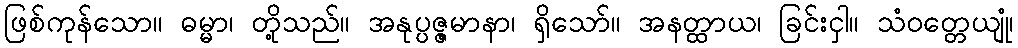
ဖြစ်ကုန်သော။ ဓမ္မာ၊ တို့သည်။ အနုပ္ပဇ္ဇမာနာ၊ ရှိသော်။ အနတ္ထာယ၊ ခြင်းငှါ။ သံဝတ္တေယျုံ၊